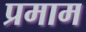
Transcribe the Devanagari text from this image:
प्रमाम